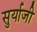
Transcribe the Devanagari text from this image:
सुर्याजी